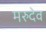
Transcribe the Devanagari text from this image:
मरुदेव